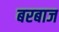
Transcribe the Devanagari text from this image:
बरबाज